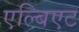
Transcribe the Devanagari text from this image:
एल्बिएट